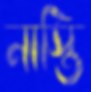
নাস্তি